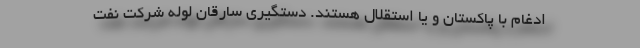
ادغام با پاکستان و یا استقلال هستند. دستگیری سارقان لوله شرکت نفت